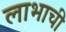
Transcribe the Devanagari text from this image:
लाभाची